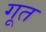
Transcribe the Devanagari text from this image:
गूत